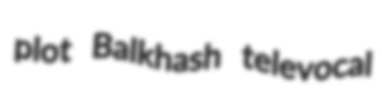
plot Balkhash televocal